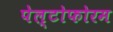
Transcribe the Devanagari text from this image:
पेल्टोफोरम